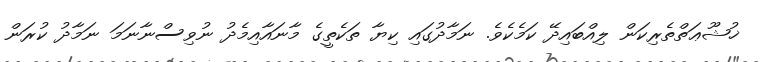
ޚުޝޫޢަތްތެރިކަން ލިއްބައިދޭ ކަމެކެވެ. ނަމާދުގައި ކިޔާ ތަކެތީގެ މާނައާއިމެދު ނުވިސްނާނަމަ ނަމާދު ކުރަން